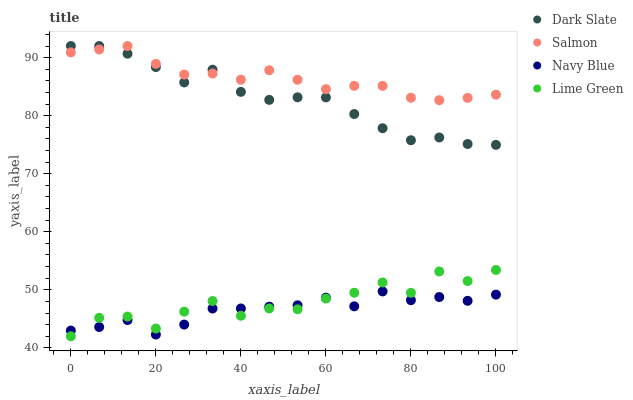
| xaxis_label | Dark Slate | Salmon | Navy Blue | Lime Green |
 | --- | --- | --- | --- | --- |
 | 0 | 92 | 90.9 | 43 | 42 |
 | 6.67 | 92 | 91.4 | 43.6 | 45.2 |
 | 13.3 | 90.7 | 92 | 44.8 | 45.4 |
 | 20 | 88.4 | 88.9 | 42.3 | 43.3 |
 | 26.7 | 85.7 | 87.1 | 44 | 46.2 |
 | 33.3 | 87.9 | 87.3 | 46.8 | 48.1 |
 | 40 | 84.1 | 86.2 | 46.8 | 45.5 |
 | 46.7 | 82.7 | 87.8 | 47.1 | 46.8 |
 | 53.3 | 83.2 | 86.2 | 47.3 | 46.6 |
 | 60 | 83.1 | 84.6 | 48.7 | 48.5 |
 | 66.7 | 80.3 | 85.1 | 47.2 | 49.5 |
 | 73.3 | 77.8 | 85.1 | 49.7 | 51.3 |
 | 80 | 75.8 | 83.1 | 48.2 | 49.5 |
 | 86.7 | 76.2 | 82.7 | 48.8 | 53.2 |
 | 93.3 | 75.1 | 83.1 | 48.1 | 51.5 |
 | 100 | 75 | 83.6 | 49.2 | 53.4 |